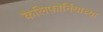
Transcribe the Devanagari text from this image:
कैलिफ़ोर्नियाच्या